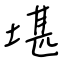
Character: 堪